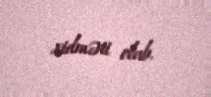
xidməti olub.